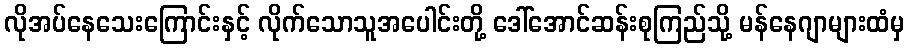
လိုအပ်နေသေးကြောင်းနှင့် လိုက်သောသူအပေါင်းတို့ ဒေါ်အောင်ဆန်းစုကြည်သို့ မန်နေဂျာများထံမှ